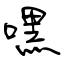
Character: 嘿